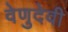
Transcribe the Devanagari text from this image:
वेणुदेवी